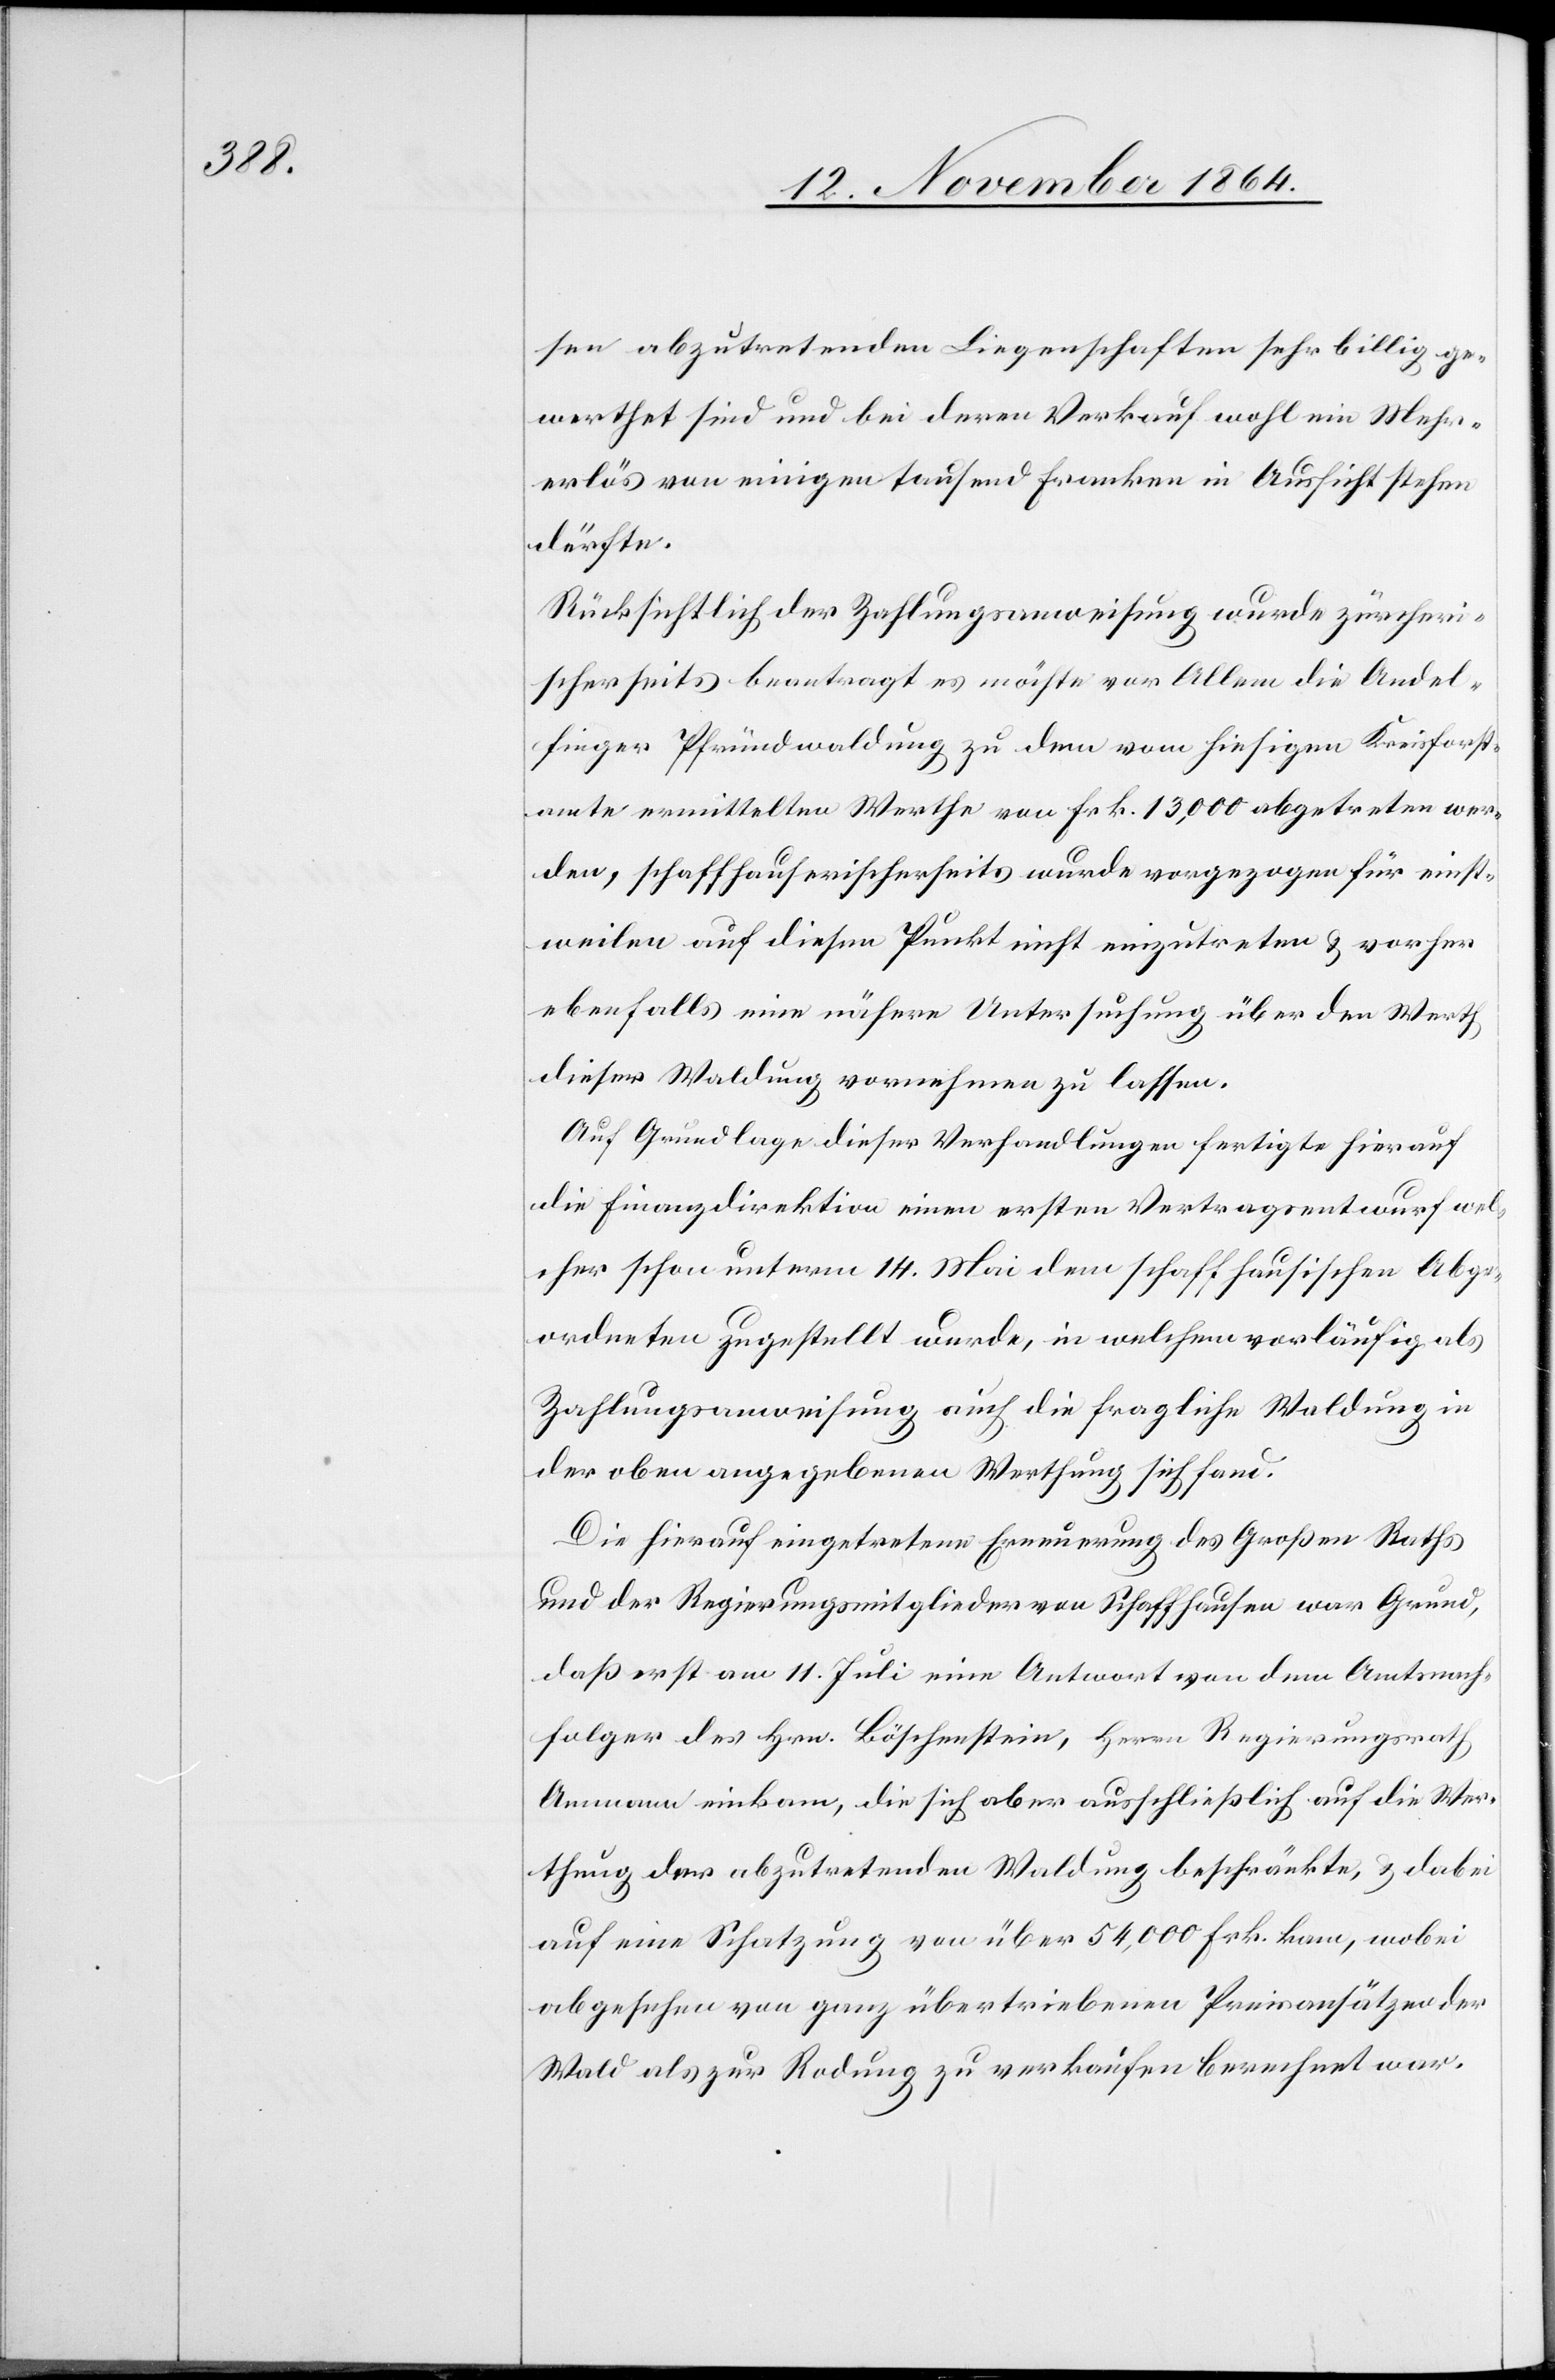
sen abzutretenden Liegenschaften sehr billig ge¬
werthet sind und bei deren Verkauf wohl ein Mehr¬
erlös von einigen tausend Franken in Aussicht stehen
dürfte.
Rücksichtlich der Zahlungsanweisung wurde zürcheri¬
scherseits beantragt es möchte vor Allem die Andel¬
finger Pfrundwaldung zu dem vom hiesigen Kreisfort¬
amte ermittelten Werthe von Frk. 13,000 abgetreten wer¬
den, schaffhauserischerseits wurde vorgezogen für einst¬
weilen auf diesen Punkt nicht einzutreten & vorher
ebenfalls eine nähere Untersuchung über den Werth
dieser Waldung vornehmen zu lassen.
Auf Grundlage dieser Verhandlungen fertigte hierauf
die Finanzdirektion einen ersten Vertragsentwurf wel¬
cher schon unterm 14. Mai dem schaffhausischen Abge¬
ordneten zugestellt wurde, in welchem vorläufig als
Zahlungsanweisung auch die fragliche Waldung in
der oben angegebenen Werthung sich fand.
Die hierauf eingetretene Erneuerung des Großen Raths
und der Regierungsmitglieder von Schaffhausen war Grund,
daß erst am 11. Juli eine Antwort von dem Amtsnach¬
folger des Hrn. Böschenstein, Herrn Regierungsrath
Ammann einkam, die sich aber ausschließlich auf die Wer¬
thung der abzutretenden Waldung beschränkte, & dabei
auf eine Schatzung von über 54,000 Frk. kam, wobei
abgesehen von ganz übertriebenen Preisansätzen der
Wald als zur Rodung zu verkaufen berechnet war.